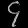
Digit: ၄